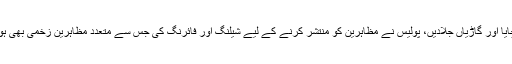
غیر ملکی خبررساں ادارے کے مطابق پیرس میں مظاہرین نے سرکاری املاک کو نقصان پہنچایا اور گاڑیاں جلادیں، پولیس نے مظاہرین کو منتشر کرنے کے لیے شیلنگ اور فائرنگ کی جس سے متعدد مظاہرین زخمی بھی ہوئے، پولیس اور مظاہرین کے درمیان جھڑپوں کے دوران متعدد مظاہرین کو گرفتار کر لیا گیا۔